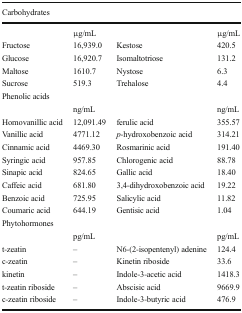
| <COLSPAN=4> Carbohydrates |
 | --- | --- | --- | --- |
 |  | μg/mL |  | μg/mL |
 | Fructose | 16,939.0 | Kestose | 420.5 |
 | Glucose | 16,920.7 | Isomaltotriose | 131.2 |
 | Maltose | 1610.7 | Nystose | 6.3 |
 | Sucrose | 519.3 | Trehalose | 4.4 |
 | <COLSPAN=4> Phenolic acids |
 |  | ng/mL |  | ng/mL |
 | Homovanillic acid | 12,091.49 | ferulic acid | 355.57 |
 | Vanillic acid | 4771.12 | p-hydroxobenzoic acid | 314.21 |
 | Cinnamic acid | 4469.30 | Rosmarinic acid | 191.40 |
 | Syringic acid | 957.85 | Chlorogenic acid | 88.78 |
 | Sinapic acid | 824.65 | Gallic acid | 18.40 |
 | Caffeic acid | 681.80 | 3,4-dihydroxobenzoic acid | 19.22 |
 | Benzoic acid | 725.95 | Salicylic acid | 11.82 |
 | Coumaric acid | 644.19 | Gentisic acid | 1.04 |
 | <COLSPAN=4> Phytohormones |
 |  | pg/mL |  | pg/mL |
 | t-zeatin | – | N6-(2-isopentenyl) adenine | 124.4 |
 | c-zeatin | – | Kinetin riboside | 33.6 |
 | kinetin | – | Indole-3-acetic acid | 1418.3 |
 | t-zeatin riboside | – | Abscisic acid | 9669.9 |
 | c-zeatin riboside | – | Indole-3-butyric acid | 476.9 |